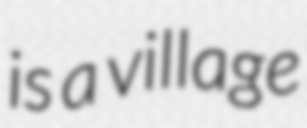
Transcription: is a village